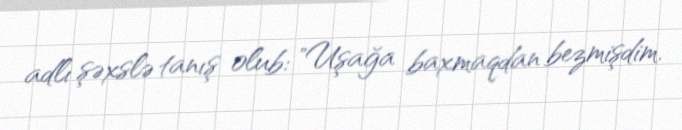
adlı şəxslə tanış olub: "Uşağa baxmaqdan bezmişdim.